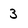
Character: 3